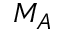
M _ { A }